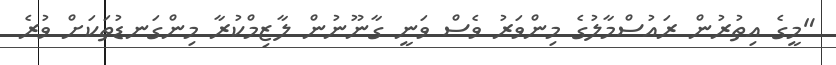
"މީގެ އިތުރުން ރައުސްމާލުގެ މިންވަރު ވެސް ވަނީ ގާނޫނުން ލާޒިމްކުރާ މިންގަނޑުތަކަށް ވުރެ